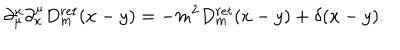
\partial _ { \mu } ^ { x } \partial _ { x } ^ { \mu } D _ { m } ^ { r e t } ( x - y ) = - m ^ { 2 } D _ { m } ^ { r e t } ( x - y ) + \delta ( x - y ) .